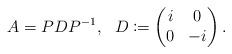
LaTeX: \begin{align*}A=PDP^{-1}, \ \ D\coloneqq \begin{pmatrix}i & 0 \\0 & -i\end{pmatrix}.\end{align*}